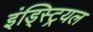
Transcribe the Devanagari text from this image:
इंड्स्ट्रियल